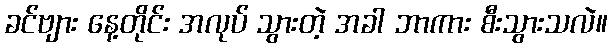
ခင်ဗျား နေ့တိုင်း အလုပ် သွားတဲ့ အခါ ဘာကား စီးသွားသလဲ။